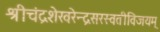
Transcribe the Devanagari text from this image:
श्रीचंद्रशेखरेन्द्रसरस्वतीविजयम्